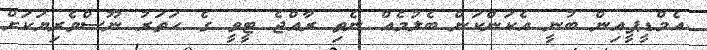
އެމްޑީޕީއިން ބުނީ އެކަންކަން ބެލުމެއް ނެތި ރާއްޖެ ޓީވީ ގެ ހަތަރު ނޫސްވެރިޔަކަށް